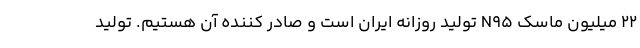
22 میلیون ماسک N95 تولید روزانه ایران است و صادر کننده آن هستیم. تولید